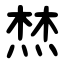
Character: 㷊